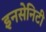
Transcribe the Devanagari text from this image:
इनसेनिटी